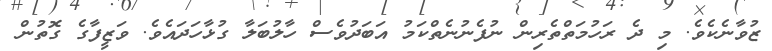
ޒުވާނެކެވެ. މި ދެ ރަހުމަތްތެރިން ނުފެނުނެތްކަމު އަބަދުވެސް ހާލުބަލާ ގުޅާހަދައެވެ. ވަޒީފާގެ ގޮތުން